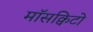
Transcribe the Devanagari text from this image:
माॅसक्विटो